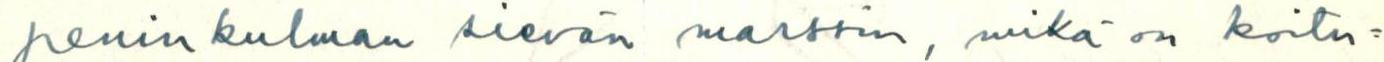
peninkulman sievän marssin, mikä on koitu=